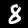
Label: 8